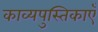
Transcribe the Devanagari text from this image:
काव्यपुस्तिकाएँ